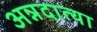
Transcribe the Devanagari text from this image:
अन्नदात्या